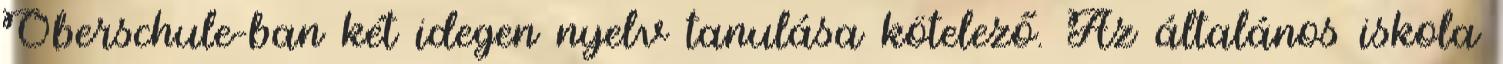
Oberschule-ban két idegen nyelv tanulása kötelező. Az általános iskola